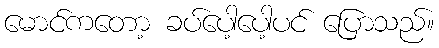
မောင်ကတော့ ခပ်ပေါ့ပေါ့ပင် ပြောသည်။